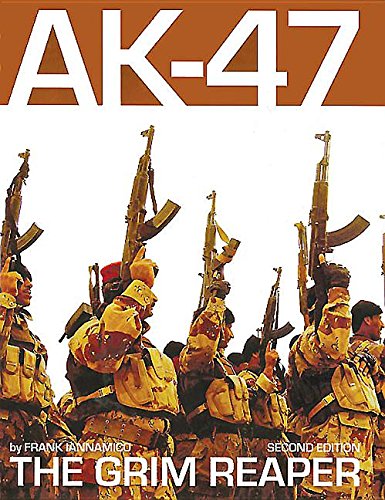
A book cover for AK-47: The Grim Reaper: 2nd Edition; Frank Iannamico; Crafts, Hobbies & Home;